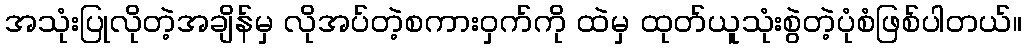
အသုံးပြုလိုတဲ့အချိန်မှ လိုအပ်တဲ့စကားဝှက်ကို ထဲမှ ထုတ်ယူသုံးစွဲတဲ့ပုံစံဖြစ်ပါတယ်။